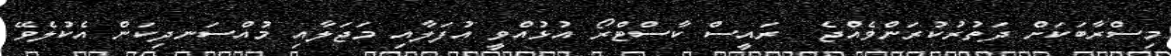
މިސްރާބަކަށް ދަތުރުކުރަންވެއްޖެ  ރައީސް ކާސްޓްރޯ އުޅުއްވީ އުފަލާއި މަޖަލާއި މުއްސަނދިކަން އެކުލެވޭ